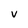
Character: v